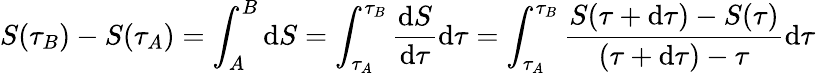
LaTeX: S(\tau_{B})-S(\tau_{A})=\int_{A}^{B}\mathrm{d}S=\int_{\tau_{A}}^{\tau_{B}}{\frac{{\mathrm{d}S}}{{\mathrm{d}\tau}}}\mathrm{d}\tau=\int_{\tau_{A}}^{\tau_{B}}{\frac{{S(\tau+\mathrm{d}\tau)-S(\tau)}}{{(\tau+\mathrm{d}\tau)-\tau}}}\mathrm{d}\tau